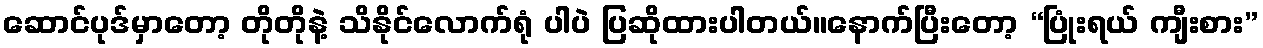
ဆောင်ပုဒ်မှာတော့ တိုတိုနဲ့ သိနိုင်လောက်ရုံ ပါပဲ ပြဆိုထားပါတယ်။နောက်ပြီးတော့ “ပြုံးရယ် ကျီးစား”